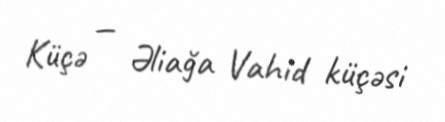
Küçə — Əliağa Vahid küçəsi